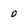
Character: o